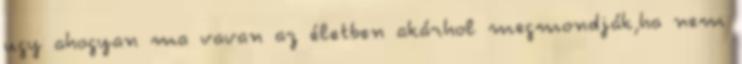
ugy ahogyan ma vavan az életben akárhol megmondják,ha nem